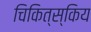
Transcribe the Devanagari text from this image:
चिकित्स्किय